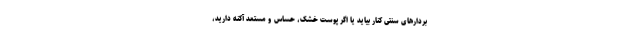
بردارهای سنتی کنار بیاید یا اگر پوست خشک، حساس و مستعد آکنه دارید،